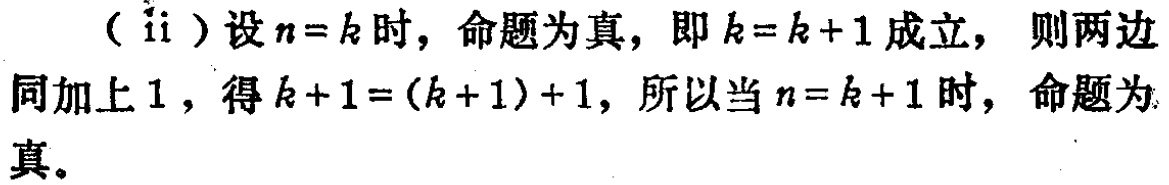
(ii) 设 \(n = k\) 时，命题为真，即 \(k = k + 1\) 成立，则两边同加上 \(1\)，得 \(k + 1=(k + 1)+1\)，所以当 \(n = k + 1\) 时，命题为真。